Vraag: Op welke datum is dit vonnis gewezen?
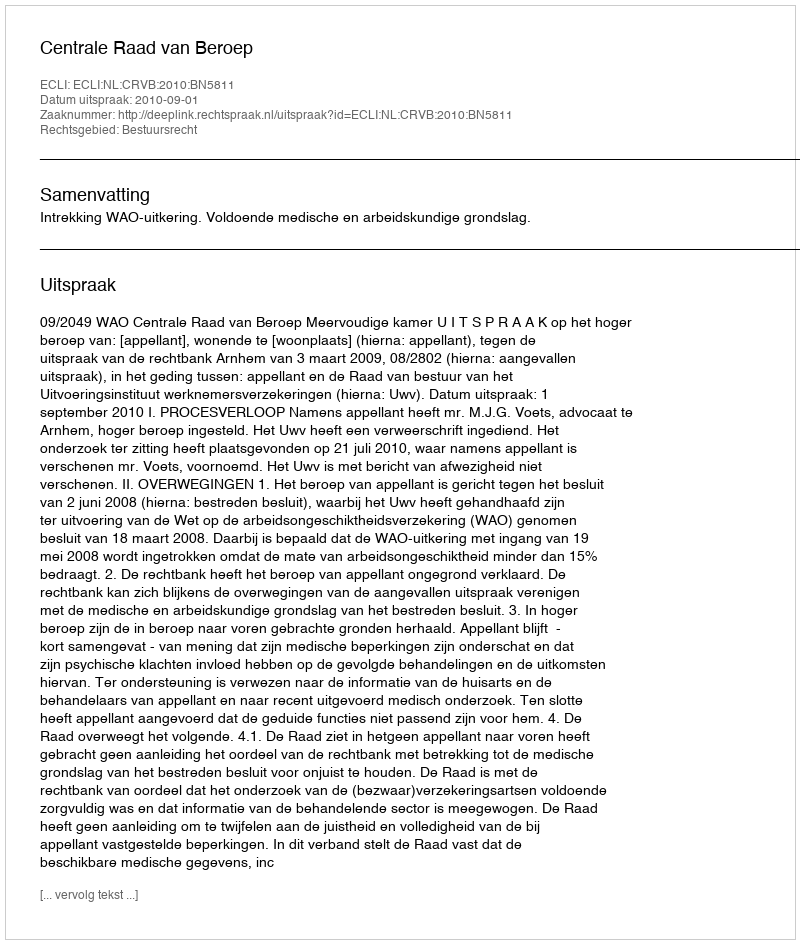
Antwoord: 2010-09-01